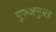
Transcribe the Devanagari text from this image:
गुरुअनुग्रह